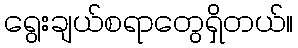
ရွေးချယ်စရာတွေရှိတယ်။